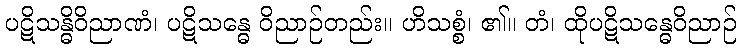
ပဋိသန္ဓိဝိညာဏံ၊ ပဋိသန္ဓေ ဝိညာဉ်တည်း။ ဟိသစ္စံ၊ ၏။ တံ၊ ထိုပဋိသန္ဓေဝိညာဉ်